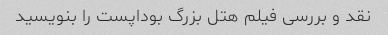
نقد و بررسی فیلم هتل بزرگ بوداپست را بنویسید